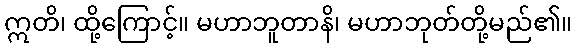
ဣတိ၊ ထို့ကြောင့်။ မဟာဘူတာနိ၊ မဟာဘုတ်တို့မည်၏။